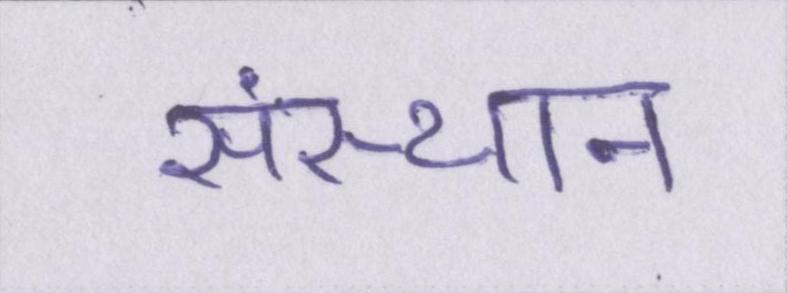
संस्थान